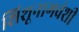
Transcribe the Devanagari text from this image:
शिशूनागवंशी